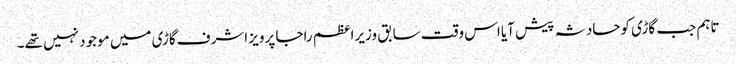
تاہم جب گاڑی کوحادثہ پیش آیا اس وقت سابق وزیراعظم راجا پرویز اشرف گاڑی میں موجود نہیں تھے۔